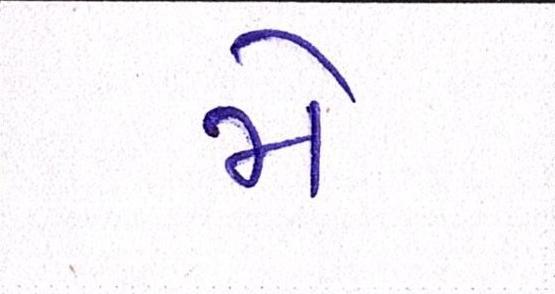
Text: મે